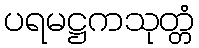
ပရမဋ္ဌကသုတ္တံ